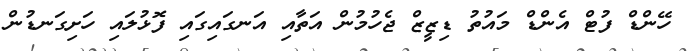
ހޭންޑް ފުޓް އެންޑް މައުތު ޑިޒީޒް ޖެހުމުން އަތާއި އަނގައިގައި ފޮޅުލައި ހަށިގަނޑުން